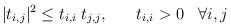
LaTeX: \begin{align*}|t_{i,j}|^{2} \leq t_{i,i}\; t_{j,j},\;\;\;\;\;\; t_{i,i} > 0\;\;\;\forall i,j\end{align*}